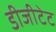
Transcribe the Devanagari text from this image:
डीजीटेट